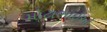
મોટાભાઈઓ